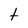
Character: t